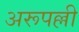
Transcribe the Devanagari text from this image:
अरूपल्ली